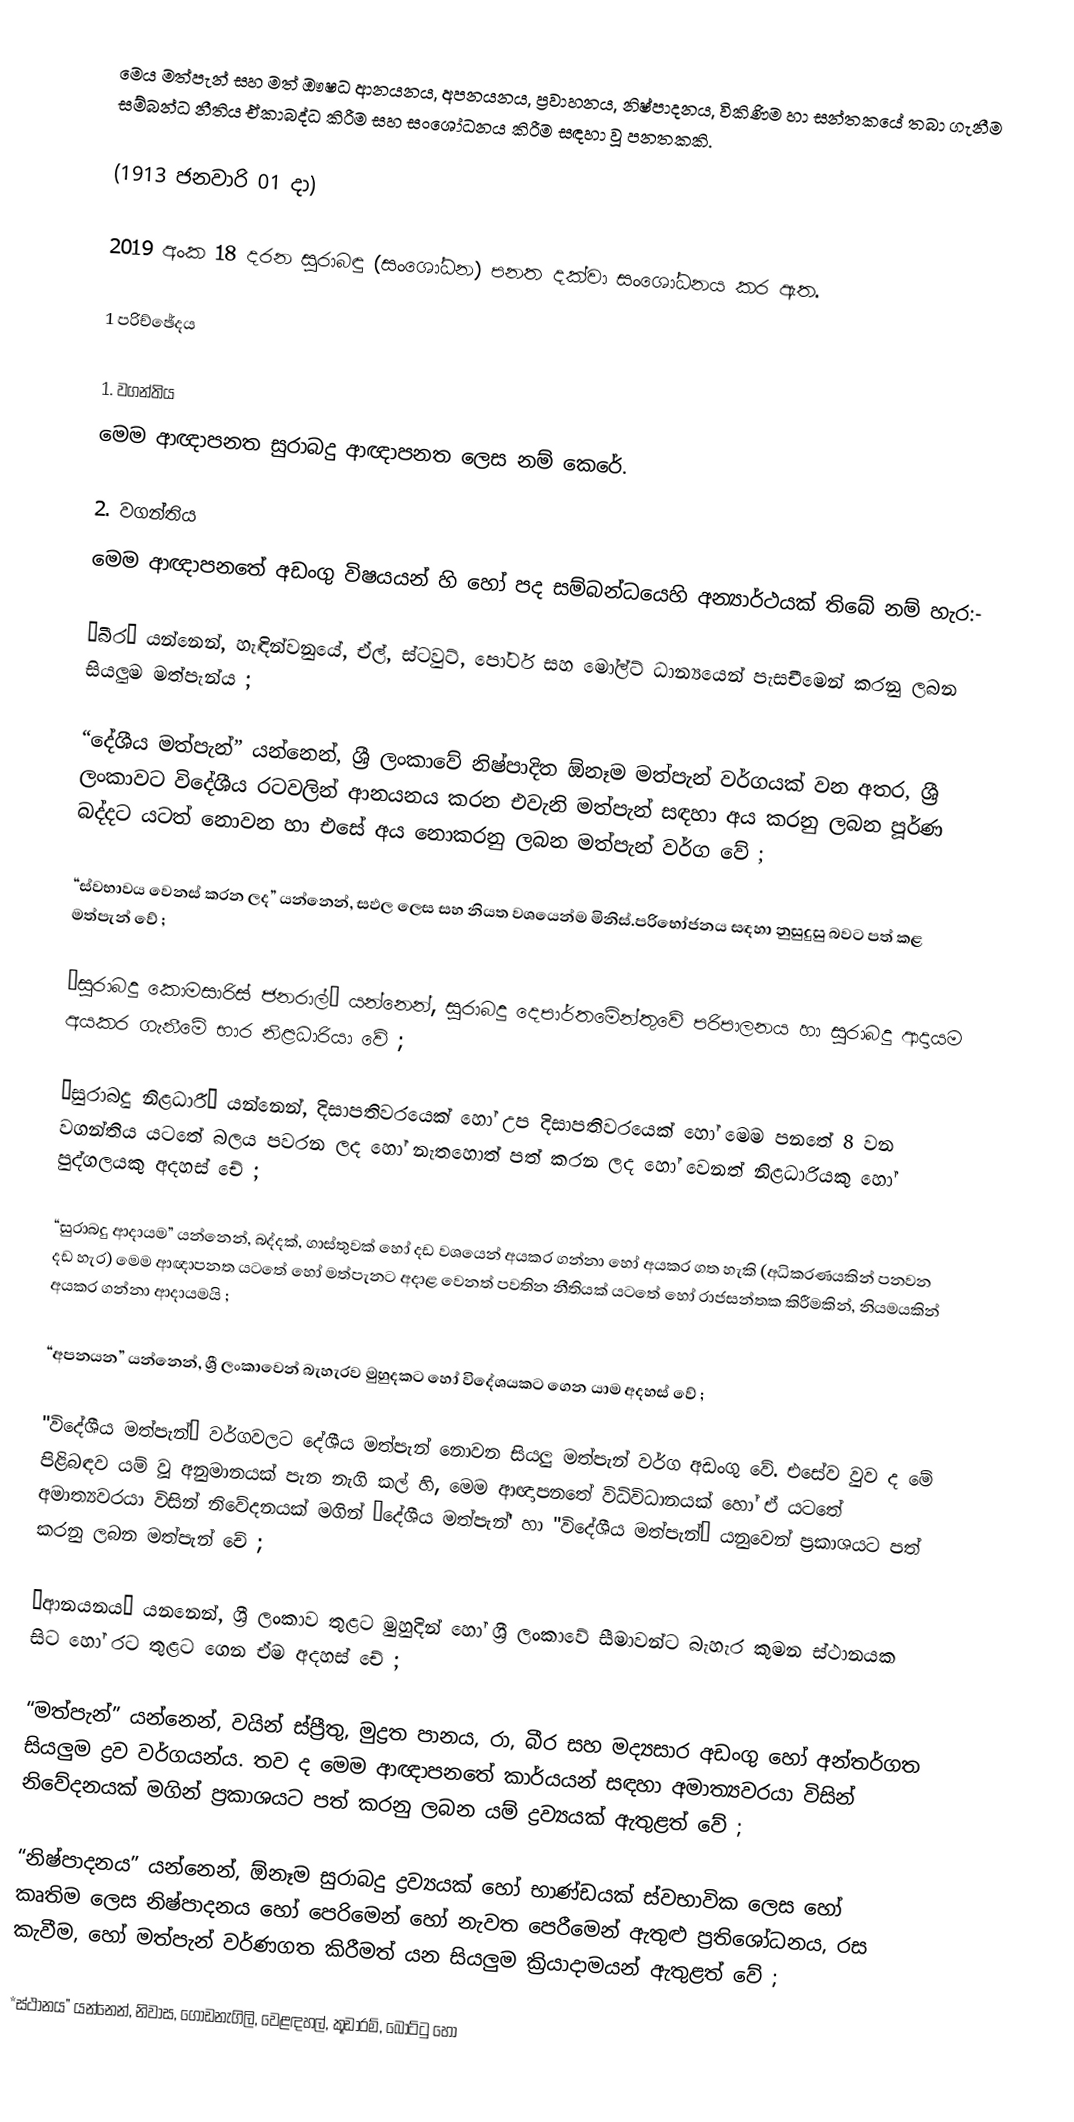
මෙය මත්‌පැන්‌ සහ මත්‌ ඖෂධ ආනයනය, අපනයනය, ප්‍රවාහනය, නිෂ්පාදනය, විකිණිම හා සන්තකයේ තබා ගැනීම සම්බන්ධ නීතිය ඒකාබද්ධ කිරීම සහ සංශෝධනය කිරීම සඳහා වූ පනතකකි.

(1913 ජනවාරි 01 දා)

2019 අංක 18 දරන සුරාබඳු (සංශෝධන) පනත දක්වා සංශෝධනය කර ඇත.

1 පරිච්ඡේදය

1. වගන්තිය
මෙම ආඥාපනත සුරාබදු ආඥාපනත ලෙස නම්‌ කෙරේ.

2. වගන්තිය
මෙම ආඥාපනතේ අඩංගු විෂයයන්‌ හි හෝ පද සම්බන්ධයෙහි අන්‍යාර්ථයක්‌ තිබේ නම්‌ හැර:-

“බීර” යන්නෙන්‌, හැඳින්වනුයේ, ඒල්‌, ස්ටවුට්‌, පෝටර්‌ සහ මෝල්ට්‌ ධාන්‍යයෙන්‌ පැසචීමෙන්‌ කරනු ලබන සියලුම මත්පැන්ය ;

“දේශීය මත්පැන්‌” යන්නෙන්‌, ශ්‍රී ලංකාවේ නිෂ්පාදිත ඕනෑම මත්පැන්‌ වර්ගයක්‌ වන අතර, ශ්‍රී ලංකාවට විදේශීය රටවලින්‌ ආනයනය කරන එවැනි මත්පැන්‌ සඳහා අය කරනු ලබන පූර්ණ බද්දට යටත්‌ නොවන හා එසේ අය නොකරනු ලබන මත්පැන්‌ වර්ග වේ ;

“ස්වභාවය වෙනස්‌ කරන ලද” යන්නෙන්‌, සඵල ලෙස සහ නියත වශයෙන්ම මිනිස්‌.පරිභෝජනය සඳහා නුසුදුසු බවට පත්‌ කළ මත්පැන්‌ වේ ;

“සුරාබදු කොමසාරිස්‌ ජනරාල්‌” යන්නෙන්‌, සුරාබදු දෙපාර්තමේන්තුවේ පරිපාලනය හා සුරාබදු ආදායම අයකර ගැනීමේ භාර නිළධාරියා වේ ;

“සුරාබදු නිළධාරී” යන්නෙන්‌, දිසාපතිවරයෙක්‌ හෝ උප දිසාපතිවරයෙක්‌ හෝ මෙම පනතේ 8 වන වගන්තිය යටතේ බලය පවරන ලද හෝ නැතහොත්‌ පත්‌ කරන ලද හෝ වෙනත්‌ නිළධාරියකු හෝ පුද්ගලයකු අදහස්‌ චේ ;

“සුරාබදු ආදායම” යන්නෙන්‌, බද්දක්‌, ගාස්තුවක්‌ හෝ දඩ වශයෙන්‌ අයකර ගන්නා හෝ අයකර ගත හැකි (අධිකරණයකින්‌ පනවන දඩ හැර) මෙම ආඥාපනත යටතේ හෝ මත්පැනට අදාළ වෙනත්‌ පවතින නීතියක්‌ යටතේ හෝ රාජසන්තක කිරීමකින්‌, නියමයකින්‌ අයකර ගන්නා ආදායමයි ;

“අපනයන” යන්නෙන්‌, ශ්‍රී ලංකාවෙන්‌ බැහැරව මුහුදකට හෝ විදේශයකට ගෙන යාම අදහස්‌ වේ ;

"විදේශීය මත්පැන්‌” වර්ගවලට දේශීය මත්පැන්‌ නොවන සියලු මත්පැන්‌ වර්ග අඩංගු වේ. එසේව වුව ද මේ පිළිබඳව යම්‌ වූ අනුමානයක්‌ පැන නැගි කල්‌ හි, මෙම ආඥාපනතේ විධිවිධානයක්‌ හෝ ඒ යටතේ අමාත්‍යවරයා විසින්‌ නිවේදනයක්‌ මගින්‌ “දේශීය මත්පැන්‌' හා "විදේශීය මත්පැන්‌” යනුවෙන්‌ ප්‍රකාශයට පත්‌ කරනු ලබන මත්පැන්‌ චේ ;

“ආනයනය” යනනෙන්‌, ශ්‍රී ලංකාව තුළට මුහුදින්‌ හෝ ශ්‍රී ලංකාවේ සීමාවන්ට බැහැර කුමන ස්ථානයක සිට හෝ රට තුළට ගෙන ඒම අදහස්‌ චේ ;

“මත්පැන්‌” යන්නෙන්‌, වයින්‌ ස්ප්‍රීතු, මුද්‍රත පානය, රා, බීර සහ මද්‍යසාර අඩංගු හෝ අන්තර්ගත සියලුම ද්‍රව වර්ගයන්ය. තව ද මෙම ආඥාපනතේ කාර්යයන්‌ සඳහා අමාත්‍යවරයා විසින්‌ නිවේදනයක්‌ මගින්‌ ප්‍රකාශයට පත්‌ කරනු ලබන යම්‌ ද්‍රව්‍යයක්‌ ඇතුළත්‌ වේ ;

“නිෂ්පාදනය” යන්නෙන්‌, ඕනෑම සුරාබදු ද්‍රව්‍යයක්‌ හෝ භාණ්ඩයක්‌ ස්වභාවික ලෙස හෝ කෘතිම ලෙස නිෂ්පාදනය හෝ පෙරිමෙන්‌ හෝ නැවත පෙරීමෙන්‌ ඇතුළු ප්‍රතිශෝධනය, රස කැවීම, හෝ මත්පැන්‌ වර්ණගත කිරීමත්‌ යන සියලුම ක්‍රියාදාමයන්‌ ඇතුළත්‌ වේ ;

*ස්ථානය” යන්නෙන්‌, නිවාස, ගොඩනැගිලි, වෙළඳහල්‌, කූඩාරම්‌, බෝට්ටු හෝ